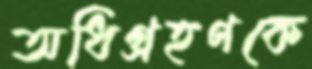
অধিগ্রহণকে